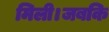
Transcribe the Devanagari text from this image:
मिली।जबकि